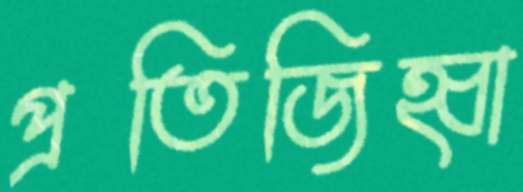
প্রতিজিহ্বা